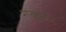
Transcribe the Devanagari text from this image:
राकूतेन